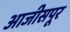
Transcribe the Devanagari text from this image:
आजीसपूर